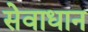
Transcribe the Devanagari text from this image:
सेवाधान